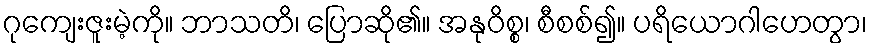
ဂုကျေးဇူးမဲ့ကို။ ဘာသတိ၊ ပြောဆို၏။ အနုဝိစ္စ၊ စီစစ်၍။ ပရိယောဂါဟေတွာ၊